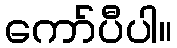
ကော်ပီပါ။